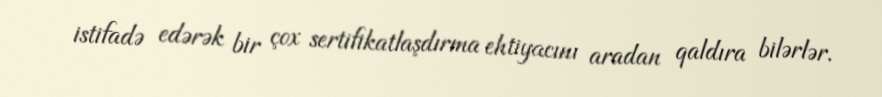
istifadə edərək bir çox sertifikatlaşdırma ehtiyacını aradan qaldıra bilərlər.